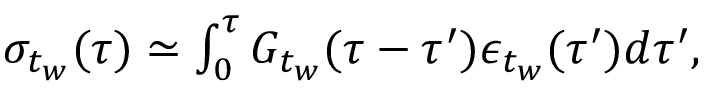
\begin{array} { r } { \sigma _ { t _ { w } } ( \tau ) \simeq \int _ { 0 } ^ { \tau } G _ { t _ { w } } ( \tau - \tau ^ { \prime } ) \epsilon _ { t _ { w } } ( \tau ^ { \prime } ) d \tau ^ { \prime } , } \end{array}